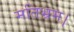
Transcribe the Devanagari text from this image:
मतिभ्रम।